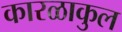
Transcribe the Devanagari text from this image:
कारळाकुल